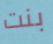
بنت